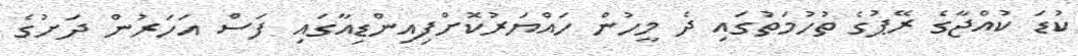
ކުޑަ ކުއްޖާގެ ރޭޕުގެ ތުހުމަތުގައި ދެ މީހުން ހައްޔަރުކޮށްފިއިންޑިއާގައި ފަސް އަހަރުން ދަށުގެ